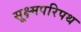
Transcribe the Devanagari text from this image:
सूक्ष्मपरिपथ